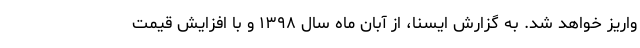
واریز خواهد شد. به گزارش ایسنا، از آبان ماه سال ١٣٩٨ و با افزایش قیمت